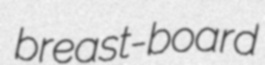
breast-board